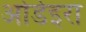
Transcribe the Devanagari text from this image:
ओडेइरा